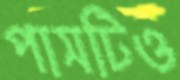
পাসটিও